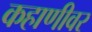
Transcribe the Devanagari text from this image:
कहाणीवर